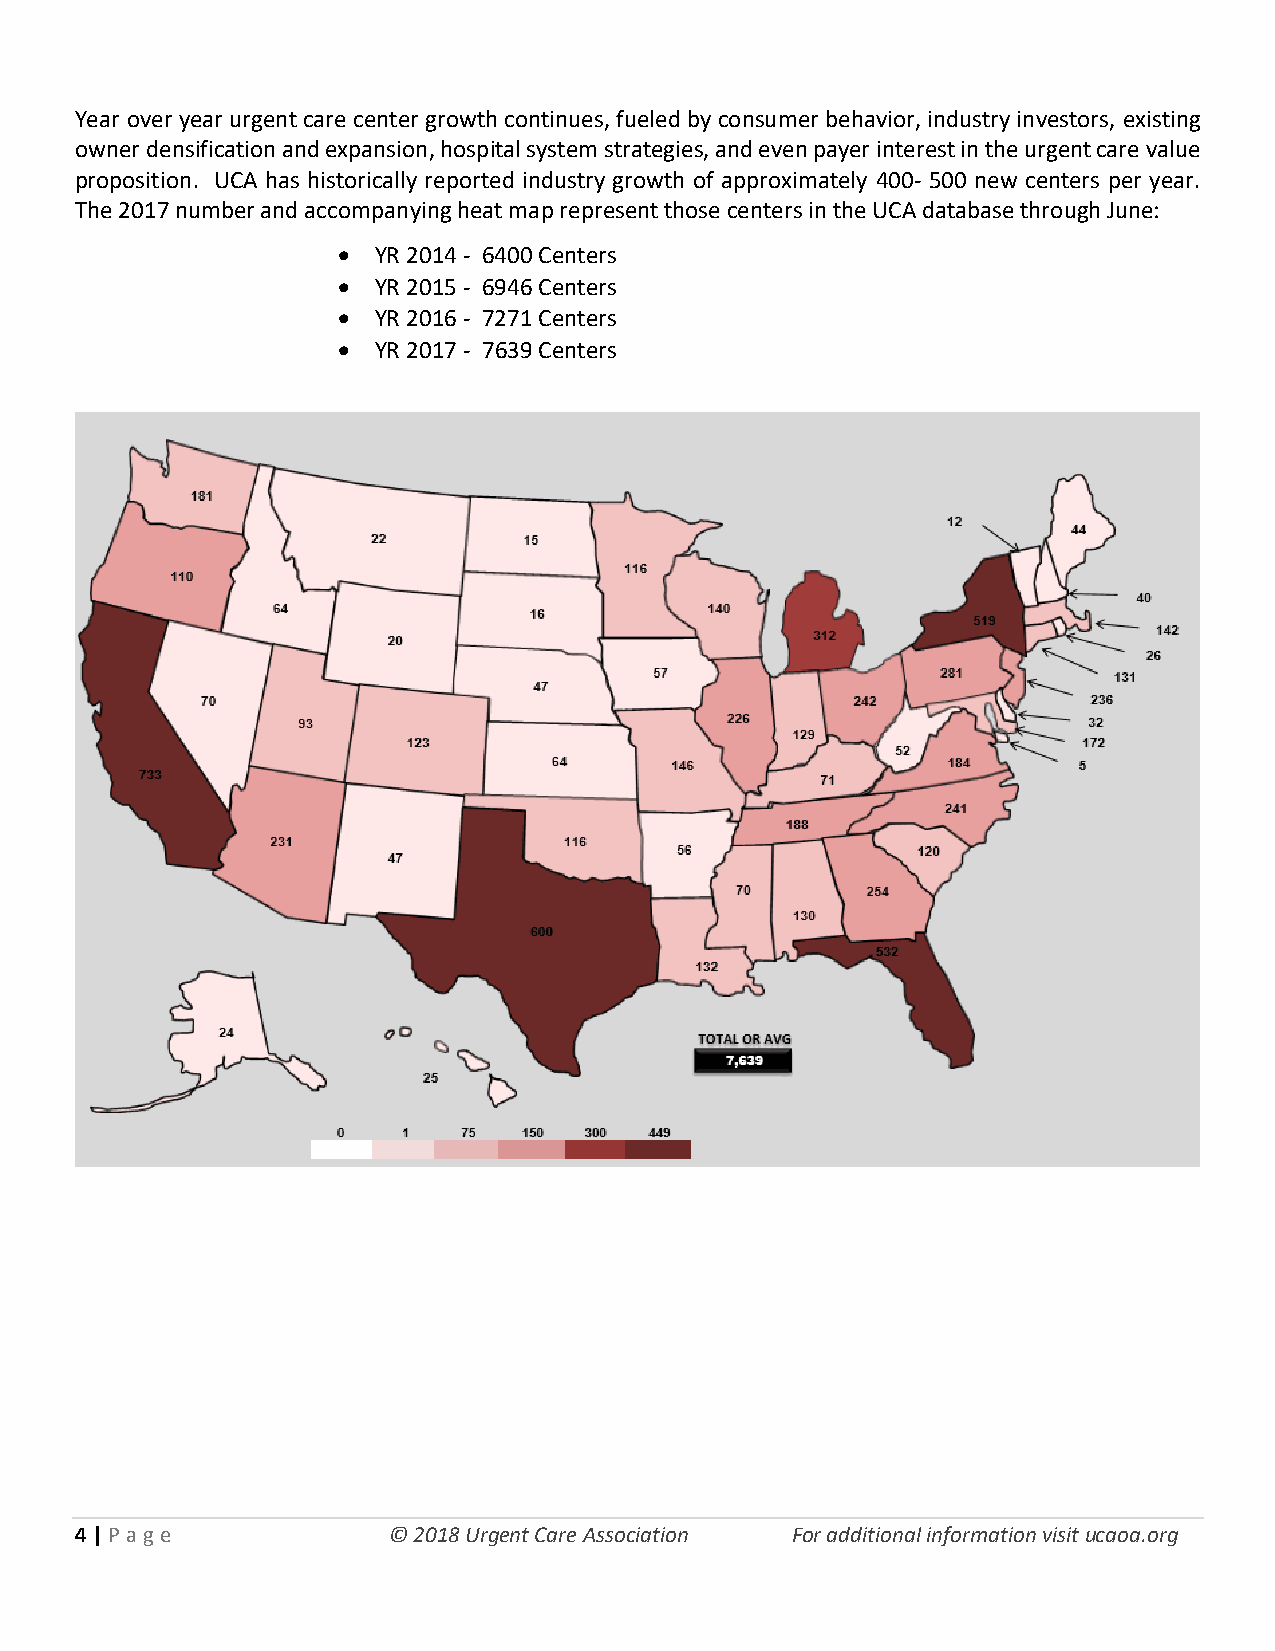
Year over year urgent care center growth continues, fueled by consumer behavior, industry investors, existing
 owner densification and expansion, hospital system strategies, and even payer interest in the urgent care value
 proposition. UCA has historically reported industry growth of approximately 400- 500 new centers per year.
 The 2017 number and accompanying heat map represent those centers in the UCA database through June:
 •  YR 2014 - 6400 Centers
 •  YR 2015 - 6946 Centers
 •  YR 2016 - 7271 Centers
 •  YR 2017 - 7639 Centers
 4 | P age            © 2018 Urgent Care Association For additional information visit ucaoa.org